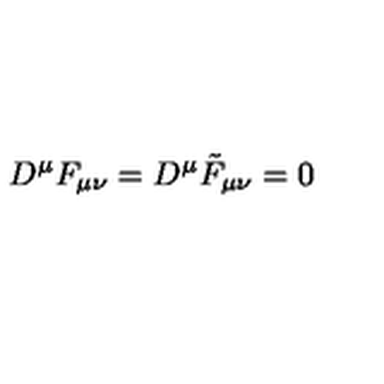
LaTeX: D ^ { \mu } F _ { \mu \nu } = D ^ { \mu } \tilde { F } _ { \mu \nu } = 0